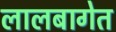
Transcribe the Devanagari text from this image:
लालबागेत